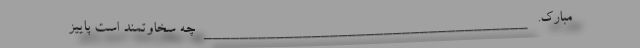
مبارک. ____________________________________ چه سخاوتمند است پاییز